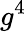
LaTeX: g^{4}